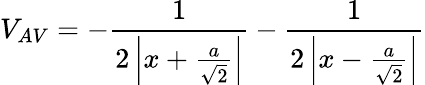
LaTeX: V_{AV}=-{\frac{1}{2\left|x+{\frac{a}{\sqrt{2}}}\right|}}-{\frac{1}{2\left|x-{\frac{a}{\sqrt{2}}}\right|}}